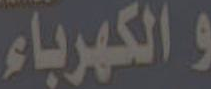
والكهرباء